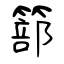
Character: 篰